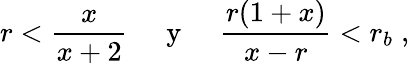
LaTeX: r<\frac{x}{x+2}\; \; \; \; {\mathrm{~y~}}\; \; \; \; \frac{r(1+x)}{x-r}<r_{b}\; ,